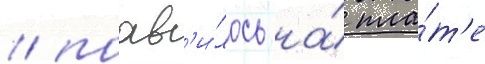
/ поав'и́лось на́ пла́т'е